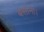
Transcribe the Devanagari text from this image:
बसाना।